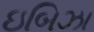
ઇબિઝા